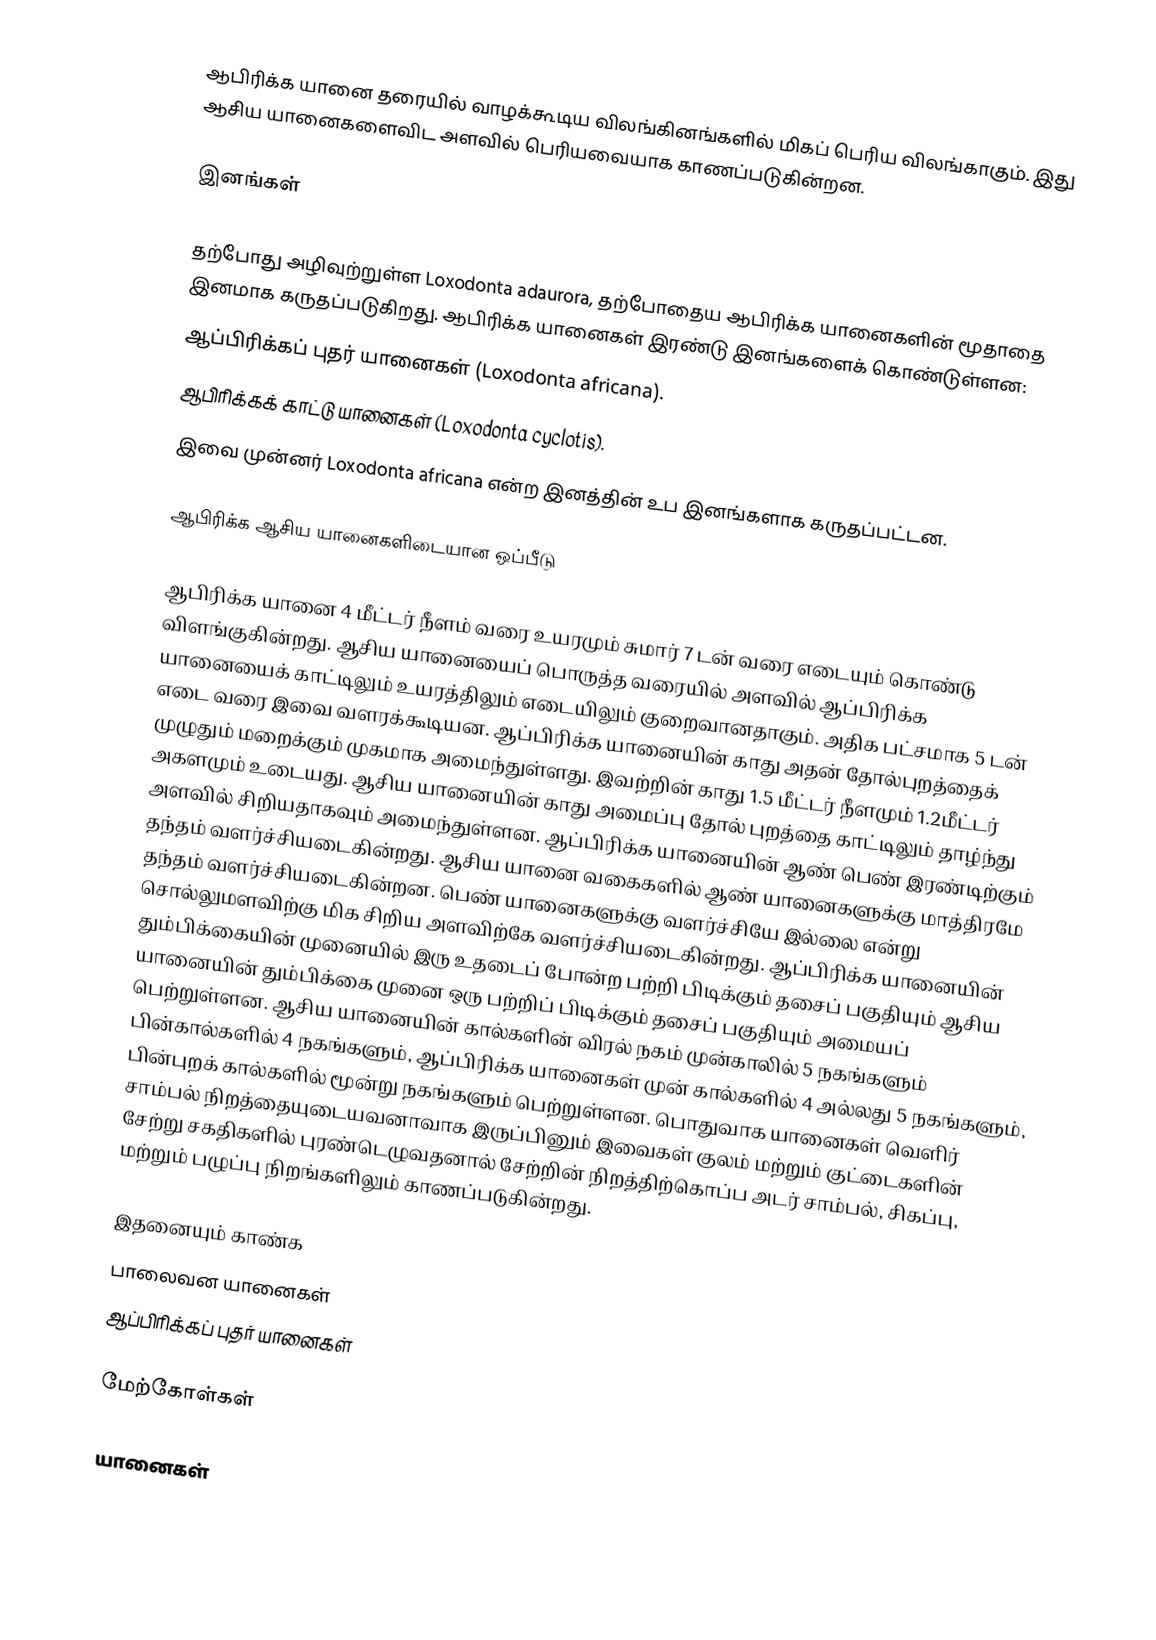
ஆபிரிக்க யானை தரையில் வாழக்கூடிய விலங்கினங்களில் மிகப் பெரிய விலங்காகும். இது ஆசிய யானைகளைவிட அளவில் பெரியவையாக காணப்படுகின்றன.

இனங்கள்

 தற்போது அழிவுற்றுள்ள Loxodonta adaurora, தற்போதைய ஆபிரிக்க யானைகளின் மூதாதை இனமாக கருதப்படுகிறது. ஆபிரிக்க யானைகள் இரண்டு இனங்களைக் கொண்டுள்ளன:
 ஆப்பிரிக்கப் புதர் யானைகள் (Loxodonta africana).
 ஆபிரிக்கக் காட்டு யானைகள் (Loxodonta cyclotis).
 இவை முன்னர் Loxodonta africana என்ற இனத்தின் உப இனங்களாக கருதப்பட்டன.

ஆபிரிக்க ஆசிய யானைகளிடையான ஒப்பீடு

ஆபிரிக்க யானை 4 மீட்டர் நீளம் வரை உயரமும் சுமார் 7 டன் வரை எடையும் கொண்டு விளங்குகின்றது. ஆசிய யானையைப் பொருத்த வரையில் அளவில் ஆப்பிரிக்க யானையைக் காட்டிலும் உயரத்திலும் எடையிலும் குறைவானதாகும். அதிக பட்சமாக 5 டன் எடை வரை இவை வளரக்கூடியன. ஆப்பிரிக்க யானையின் காது அதன் தோல்புறத்தைக் முழுதும் மறைக்கும் முகமாக அமைந்துள்ளது. இவற்றின் காது 1.5 மீட்டர் நீளமும் 1.2மீட்டர் அகளமும் உடையது. ஆசிய யானையின் காது அமைப்பு தோல் புறத்தை காட்டிலும் தாழ்ந்து அளவில் சிறியதாகவும் அமைந்துள்ளன. ஆப்பிரிக்க யானையின் ஆண் பெண் இரண்டிற்கும் தந்தம் வளர்ச்சியடைகின்றது. ஆசிய யானை வகைகளில் ஆண் யானைகளுக்கு மாத்திரமே தந்தம் வளர்ச்சியடைகின்றன. பெண் யானைகளுக்கு வளர்ச்சியே இல்லை என்று சொல்லுமளவிற்கு மிக சிறிய அளவிற்கே வளர்ச்சியடைகின்றது. ஆப்பிரிக்க யானையின் தும்பிக்கையின் முனையில் இரு உதடைப் போன்ற பற்றி பிடிக்கும் தசைப் பகுதியும் ஆசிய யானையின் தும்பிக்கை முனை ஒரு பற்றிப் பிடிக்கும் தசைப் பகுதியும் அமையப் பெற்றுள்ளன. ஆசிய யானையின் கால்களின் விரல் நகம் முன்காலில் 5 நகங்களும் பின்கால்களில் 4 நகங்களும், ஆப்பிரிக்க யானைகள் முன் கால்களில் 4 அல்லது 5 நகங்களும், பின்புறக் கால்களில் மூன்று நகங்களும் பெற்றுள்ளன. பொதுவாக யானைகள் வெளிர் சாம்பல் நிறத்தையுடையவனாவாக இருப்பினும் இவைகள் குலம் மற்றும் குட்டைகளின் சேற்று சகதிகளில் புரண்டெழுவதனால் சேற்றின் நிறத்திற்கொப்ப அடர் சாம்பல், சிகப்பு, மற்றும் பழுப்பு நிறங்களிலும் காணப்படுகின்றது.

இதனையும் காண்க
 பாலைவன யானைகள்
 ஆப்பிரிக்கப் புதர் யானைகள்

மேற்கோள்கள்

யானைகள்